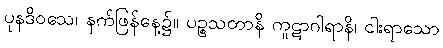
ပုနဒိဝသေ၊ နက်ဖြန်နေ့၌။ ပဉ္စသတာနိ ကူဋာဂါရာနိ၊ ငါးရာသော